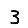
Digit: 3